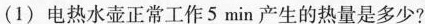
(1)电热水壶正常工作5min产生的热量是多少?